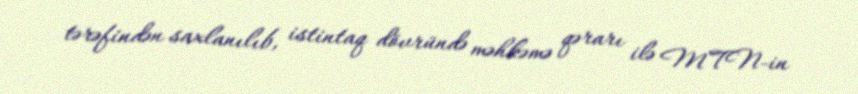
tərəfindən saxlanılıb, istintaq dövründə məhkəmə qərarı ilə MTN-in